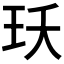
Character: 𭸺